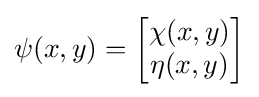
\psi (x,y)={\begin{bmatrix}\chi (x,y)\\\eta (x,y)\end{bmatrix}}